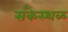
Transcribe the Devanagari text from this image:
संकेस्थळ